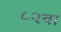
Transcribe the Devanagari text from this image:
८२वा